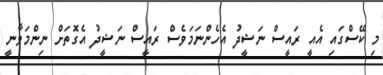
މި ކޭސްގައި އެއީ ރައީސް ނަޝީދު އެހެންނަމަވެސް ރައީސް ނަޝީދު އެގޮތަށް ނިންމަވާނީ